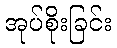
အုပ်စိုးခြင်း